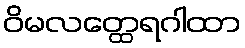
ဝိမလတ္ထေရဂါထာ